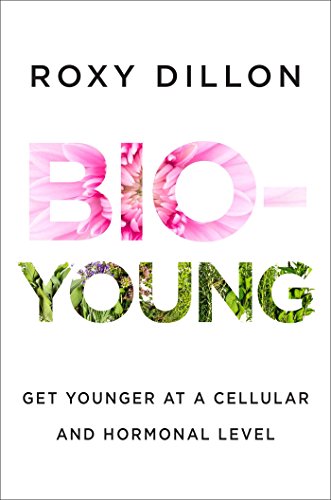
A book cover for Bio-Young: Get Younger at a Cellular and Hormonal Level; Roxy Dillon; Health, Fitness & Dieting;